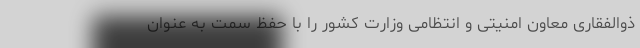
ذوالفقاری معاون امنیتی و انتظامی وزارت کشور را با حفظ سمت به عنوان